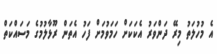
އެ މުހުލަތު މިރޭ ދަންވަރު އެކަކަށް ހަމަވުމަށް ފަހު އެތަން ރޫޅާލުމުގެ މަސައްކަތް